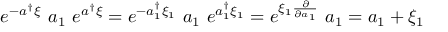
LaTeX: e ^ { - a ^ { \dag } \xi } ~ a _ { 1 } ~ e ^ { a ^ { \dag } \xi } = e ^ { - a _ { 1 } ^ { \dag } \xi _ { 1 } } ~ a _ { 1 } ~ e ^ { a _ { 1 } ^ { \dag } \xi _ { 1 } } = e ^ { \xi _ { 1 } \frac { \partial } { \partial a _ { 1 } } } ~ a _ { 1 } = a _ { 1 } + \xi _ { 1 }